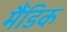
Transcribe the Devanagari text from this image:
मैंडिक